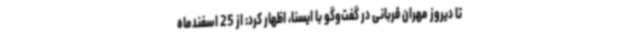
تا دیروز مهران قربانی در گفت‌وگو با ایسنا، اظهار کرد: از 25 اسفندماه